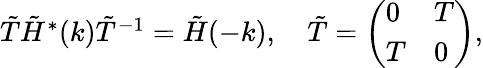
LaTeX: \begin{array}{r}{\tilde{T}\tilde{H}^{*}(k)\tilde{T}^{-1}=\tilde{H}(-k),\quad\tilde{T}=\left(\begin{array}{ll}{0}&{T}\\ {T}&{0}\end{array}\right),}\end{array}